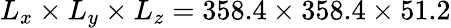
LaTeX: L_{x}\times L_{y}\times L_{z}=358.4\times 358.4\times 51.2